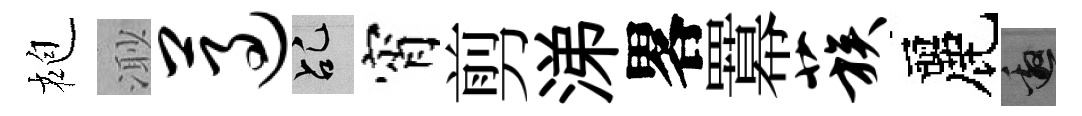
袍𣺌遵乩宵剪涕畧羃蔟麗邀